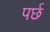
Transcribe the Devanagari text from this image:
पर्छ